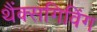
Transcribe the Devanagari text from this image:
थैंक्‍सगिविंग